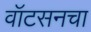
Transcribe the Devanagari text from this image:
वॉटसनचा